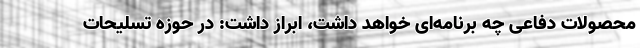
محصولات دفاعی چه برنامه‌ای خواهد داشت، ابراز داشت: در حوزه تسلیحات